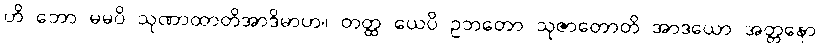
ဟိ ဘော မမပိ သုဏာထာတိအာဒိမာဟ။ တတ္ထ ယေပိ ဥဘတော သုဇာတောတိ အာဒယော အတ္တနော